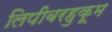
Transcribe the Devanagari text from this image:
लिपीबरहुकूम